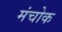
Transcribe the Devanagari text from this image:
मंचोक